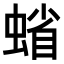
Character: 𧍖